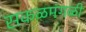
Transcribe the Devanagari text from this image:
सकळमंगळी